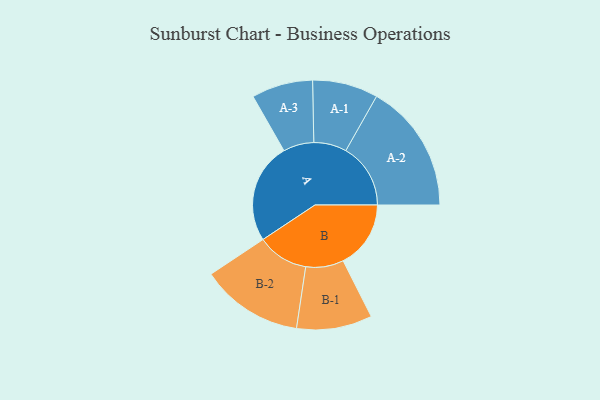
{"axis": {"x": "Segment", "y": "Value"}, "legend": ["", "A", "B"], "data": [{"x": "A", "y": 380, "type": ""}, {"x": "B", "y": 256, "type": ""}, {"x": "A-1", "y": 124, "type": "A"}, {"x": "A-2", "y": 245, "type": "A"}, {"x": "A-3", "y": 116, "type": "A"}, {"x": "B-1", "y": 143, "type": "B"}, {"x": "B-2", "y": 194, "type": "B"}]}